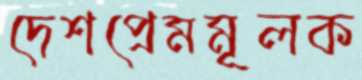
দেশপ্রেমমূলক